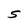
Character: S